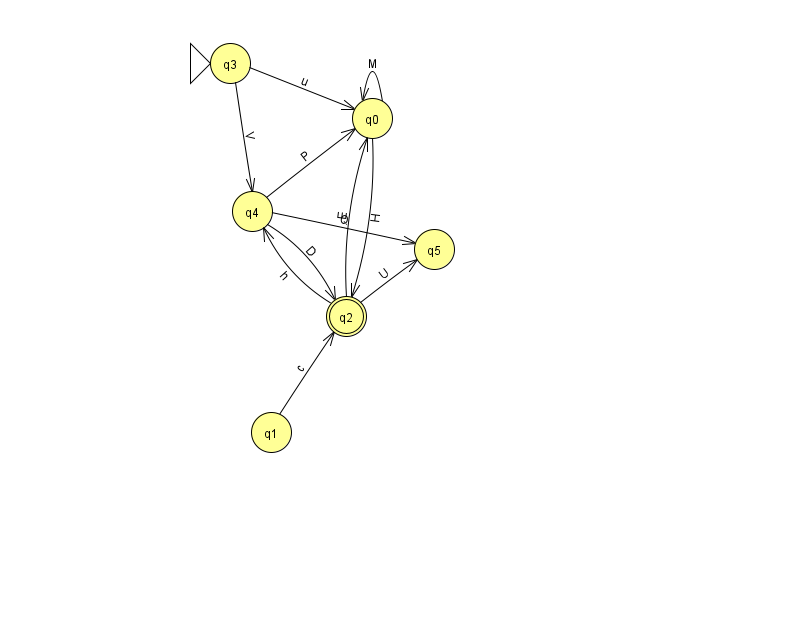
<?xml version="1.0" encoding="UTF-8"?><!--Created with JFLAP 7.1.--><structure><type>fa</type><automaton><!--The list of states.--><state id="0" name="q0"><x>372.0</x><y>105.0</y></state><state id="1" name="q1"><x>271.0</x><y>419.0</y></state><state id="2" name="q2"><x>346.0</x><y>303.0</y><final/></state><state id="3" name="q3"><x>230.0</x><y>50.0</y><initial/></state><state id="4" name="q4"><x>252.0</x><y>198.0</y></state><state id="5" name="q5"><x>434.0</x><y>236.0</y></state><!--The list of transitions.--><transition><from>1</from><to>2</to><read>c</read></transition><transition><from>2</from><to>0</to><read>E</read></transition><transition><from>2</from><to>4</to><read>h</read></transition><transition><from>3</from><to>4</to><read>V</read></transition><transition><from>2</from><to>5</to><read>U</read></transition><transition><from>4</from><to>5</to><read>Q</read></transition><transition><from>0</from><to>2</to><read>H</read></transition><transition><from>0</from><to>0</to><read>M</read></transition><transition><from>3</from><to>0</to><read>u</read></transition><transition><from>4</from><to>0</to><read>P</read></transition><transition><from>4</from><to>2</to><read>D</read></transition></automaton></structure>